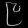
Digit: ၉